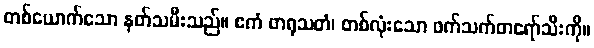
တစ်ယောက်သော နတ်သမီးသည်။ ဧကံ ဖာရုသတံ၊ တစ်လုံးသော ဖက်သက်တရော်သီးကို။